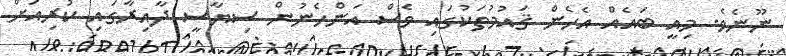
ނޫނެވެ. މިއީ ބައެއް އެހެން ޤައުމުތަކުގައި ވެސް އަންހެނުން ސިޔާސީ ދާއިރާގައި ކުރިއަށް